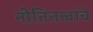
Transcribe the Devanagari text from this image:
नीतितत्त्वांचे